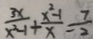
\frac { 3 x } { x ^ { 2 } - 1 } + \frac { x ^ { 2 } - 1 } { x } = \frac { 7 } { 2 }